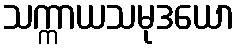
သက္ကာယသမုဒယော